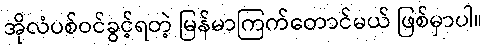
အိုလံပစ်ဝင်ခွင့်ရတဲ့ မြန်မာကြက်တောင်မယ် ဖြစ်မှာပါ။